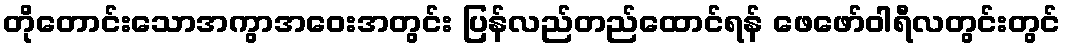
တိုတောင်းသောအကွာအဝေးအတွင်း ပြန်လည်တည်ထောင်ရန် ဖေဖော်ဝါရီလတွင်းတွင်